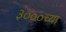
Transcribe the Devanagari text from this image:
३०००च्या